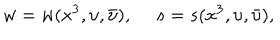
w = w ( x ^ { 3 } , \upsilon , \bar { \upsilon } ) , ~ ~ s = s ( x ^ { 3 } , \upsilon , \bar { \upsilon } ) ,